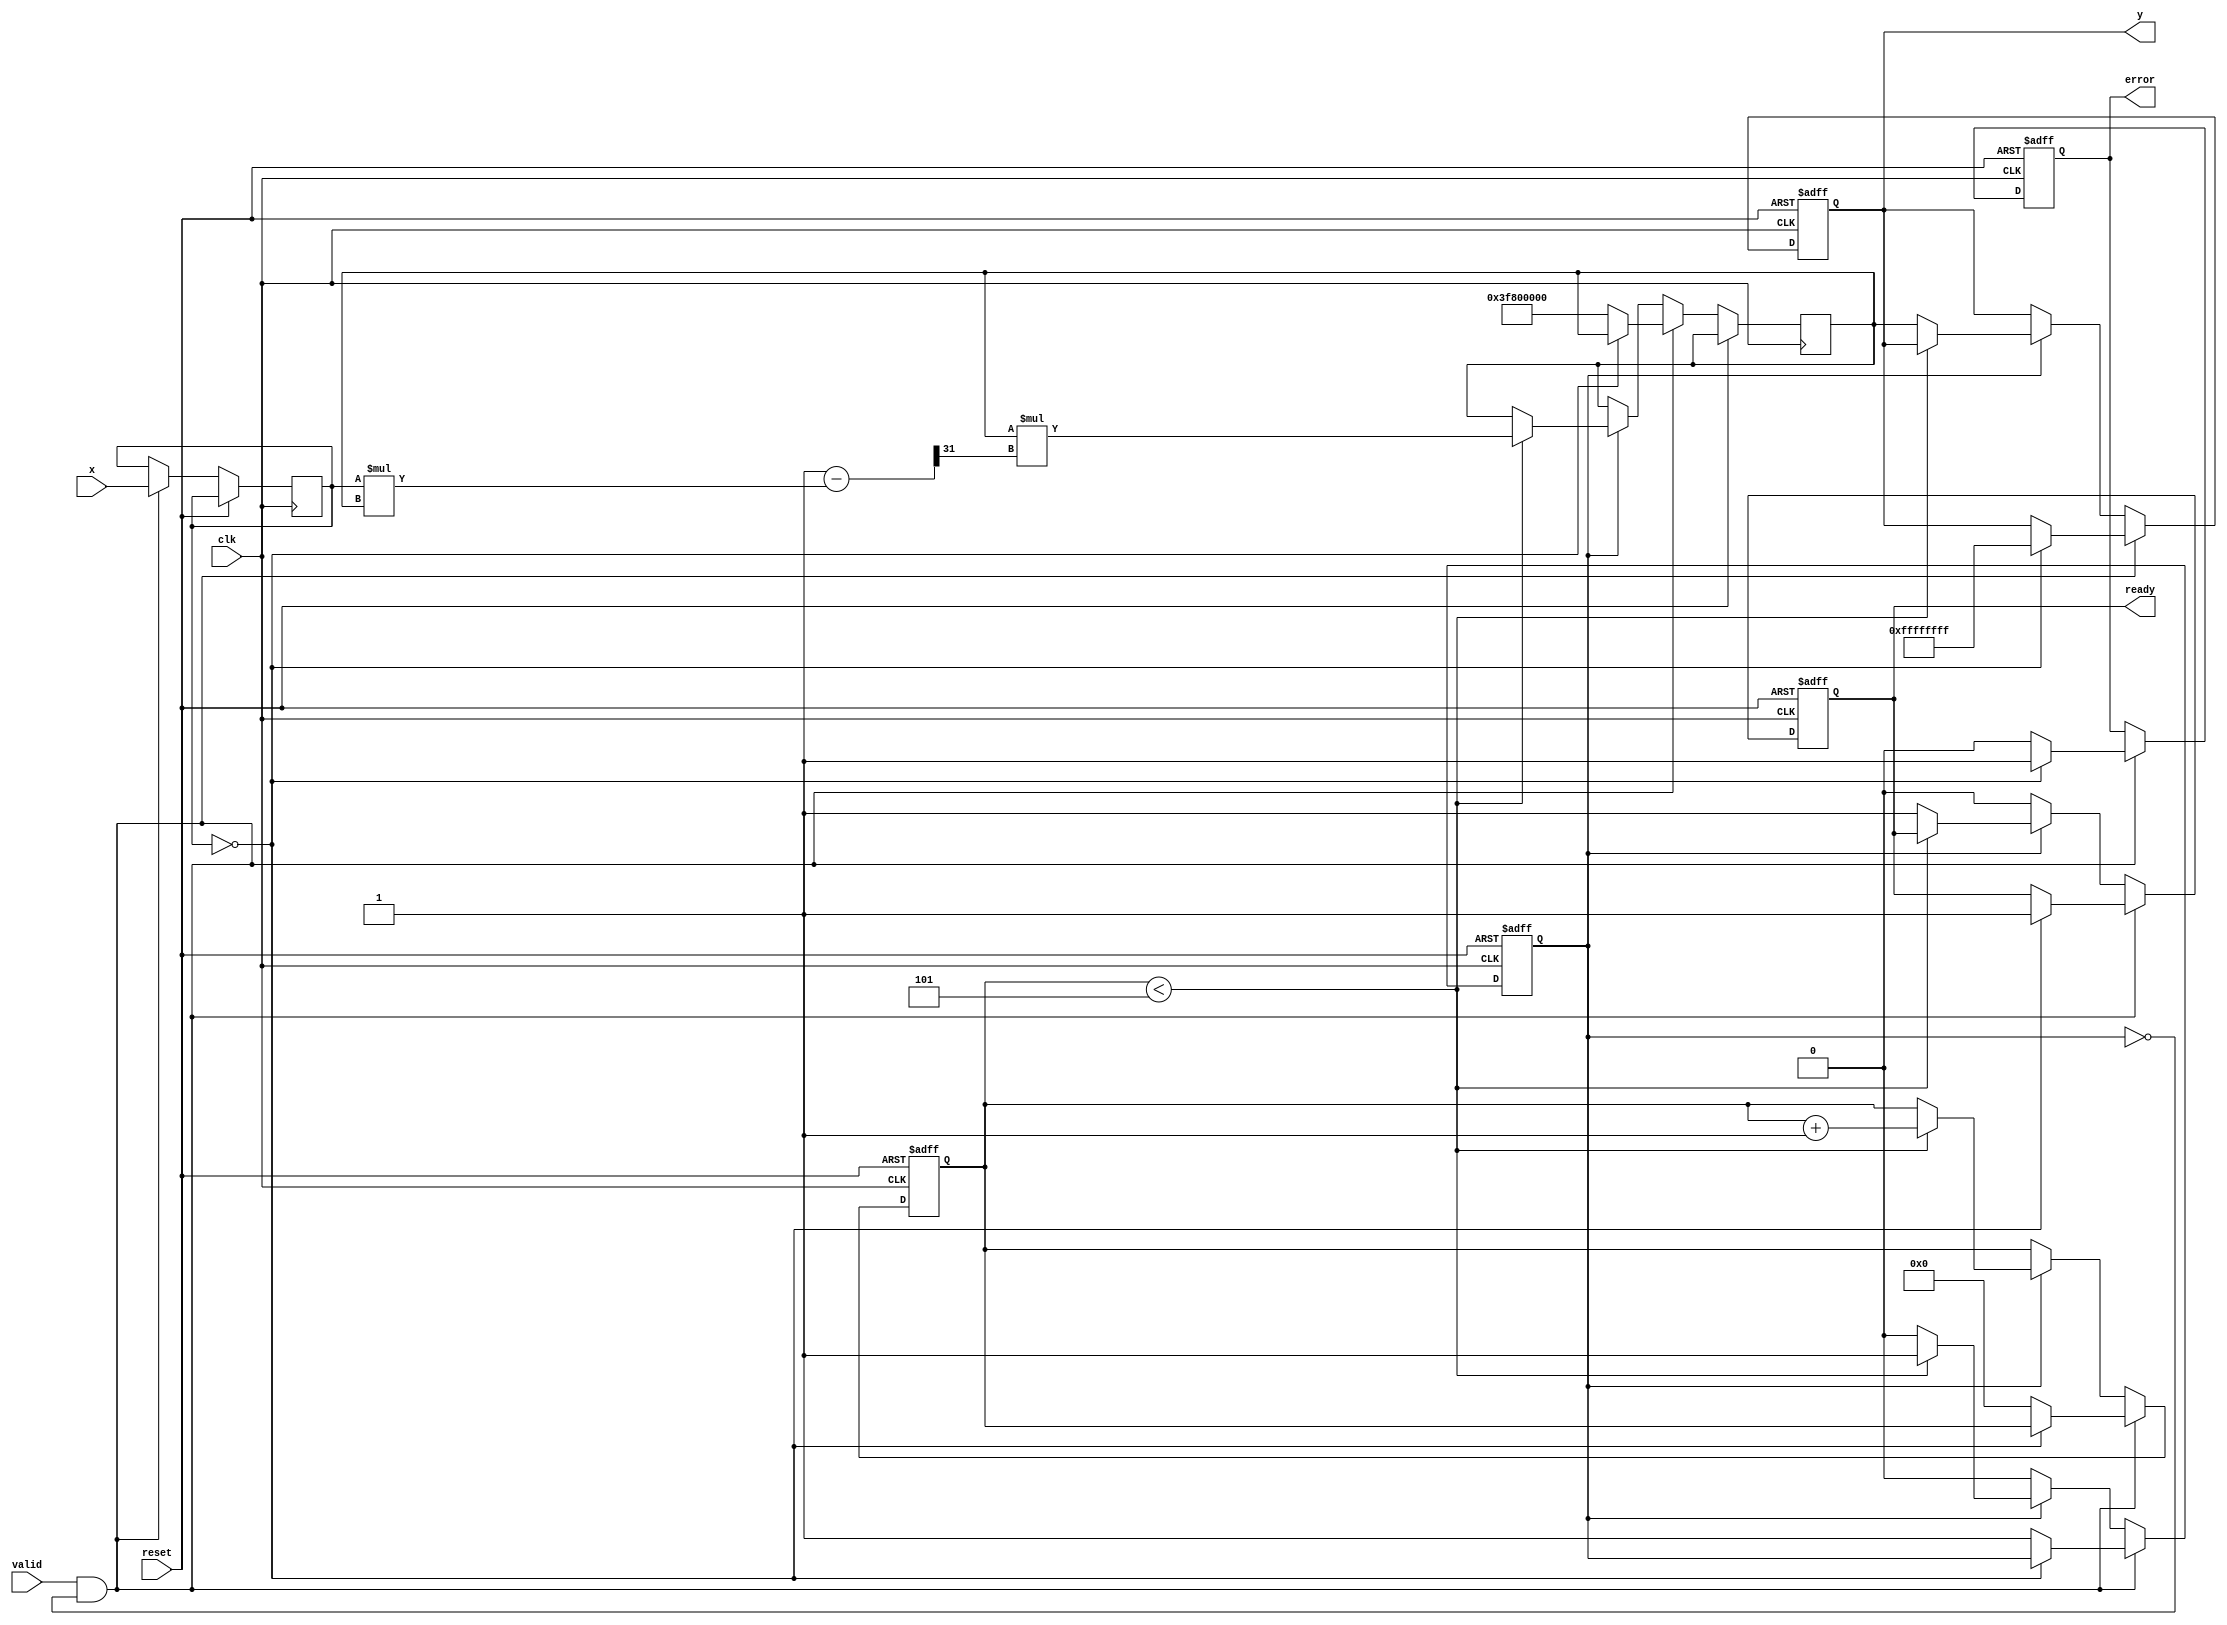
module ReciprocalUnit (
    input  wire        clk,          // Clock signal
    input  wire        reset,        // Asynchronous reset
    input  wire        valid,        // Input valid signal
    input  wire [31:0] x,            // Input data (32-bit fixed-point)
    output reg  [31:0] y,            // Reciprocal output
    output reg         ready,        // Output valid signal
    output reg         error         // Error signal
);

    // Internal states
    reg [31:0] input_data;
    reg [3:0]  iteration_count;
    reg        computing;

    // Constants
    parameter MAX_ITERATIONS = 5;    // Number of iterations for Newton-Raphson
    parameter ERROR_VALUE = 32'hFFFFFFFF; // Error value for division by zero

    // Newton-Raphson method constants
    reg [31:0] approx_inv; // Approximation of the inverse

    // Main logic
    always @(posedge clk or posedge reset) begin
        if (reset) begin
            y <= 32'b0;
            ready <= 1'b0;
            error <= 1'b0;
            computing <= 1'b0;
            iteration_count <= 4'b0;
        end else begin
            if (valid && !computing) begin
                // Latch input data
                input_data <= x;

                // Check for division by zero
                if (input_data == 32'b0) begin
                    y <= ERROR_VALUE; // Set error value
                    error <= 1'b1;    // Assert error signal
                    ready <= 1'b1;    // Output is ready
                end else begin
                    // Initialize for Newton-Raphson
                    approx_inv <= 32'h3F800000; // Initial guess (1.0 in floating-point)
                    iteration_count <= 4'b0;
                    computing <= 1'b1;
                    error <= 1'b0; // Clear error
                end
            end else if (computing) begin
                // Perform Newton-Raphson iterations
                if (iteration_count < MAX_ITERATIONS) begin
                    approx_inv <= approx_inv * (2'h1 - (input_data * approx_inv) >> 31); // x * approx_inv
                    iteration_count <= iteration_count + 1;
                end else begin
                    // Final output after iterations
                    y <= approx_inv;
                    ready <= 1'b1; // Output is ready
                    computing <= 1'b0; // Reset computing state
                end
            end else if (ready) begin
                // Reset ready signal after output is read
                ready <= 1'b0;
            end
        end
    end
endmodule